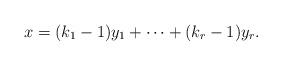
LaTeX: \begin{align*}x= (k_1 -1) y_1 + \cdots + (k_r - 1) y_r.\end{align*}